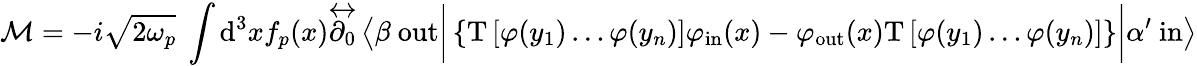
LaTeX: {\mathcal{M}}=-i{\sqrt{2\omega_{p}}}\ \int\mathrm{d}^{3}xf_{p}(x){\overleftrightarrow{\partial_{0}}}\left\langle\beta\ \mathrm{out}{\bigg|}\left\{ \mathrm{T}\left[\varphi(y_{1})\ldots\varphi(y_{n})\right]\varphi_{\mathrm{in}}(x)-\varphi_{\mathrm{out}}(x)\mathrm{T}\left[\varphi(y_{1})\ldots\varphi(y_{n})\right]\right\} {\bigg|}\alpha^{\prime}\ \mathrm{in}\right\rangle